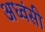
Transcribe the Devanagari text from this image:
अध्वंसी